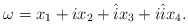
\begin{align*}\omega = x_1 + i x_2 +\hat{i} x_3 +i \hat{i} x_4.\end{align*}